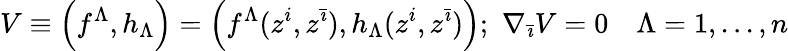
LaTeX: V\equiv\left(f^{\Lambda},h_{\Lambda}\right)=\left(f^{\Lambda}(z^{i},z^{\bar{\imath}}),h_{\Lambda}(z^{i},z^{\bar{\imath}})\right);\, \, \nabla_{\bar{\imath}}V=0\quad\Lambda=1,...,n